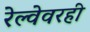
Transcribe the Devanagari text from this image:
रेल्वेवरही